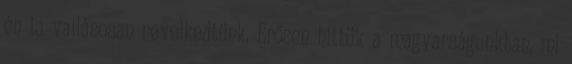
én is vallásosan nevelkedtünk. Erősen hittük a magyarságunkban, mi